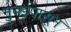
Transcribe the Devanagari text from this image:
मुबईपासून